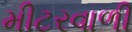
મીટરવાળી